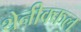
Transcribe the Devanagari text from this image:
थेनीक्कल